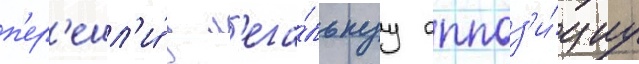
п'ер'ешл'и́ в л'ега́льнуу оппоз'и́циу